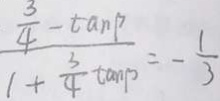
\frac { \frac { 3 } { 4 } - \tan \beta } { 1 + \frac { 3 } { 4 } \tan \beta } = - \frac { 1 } { 3 }